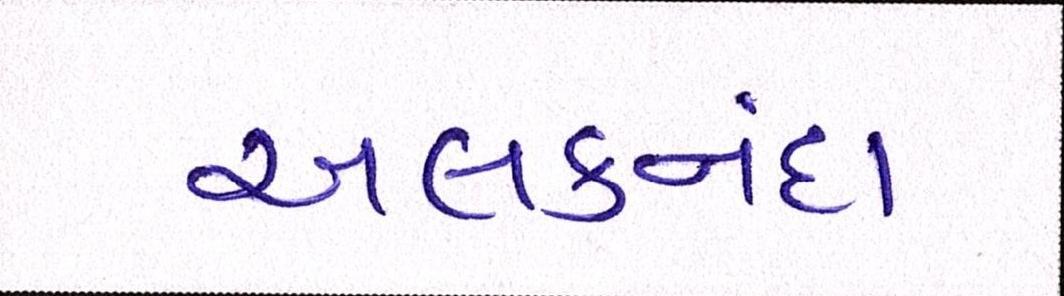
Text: અલકનંદા